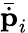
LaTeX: \bar{\dot{\textbf{p}}}_{i}